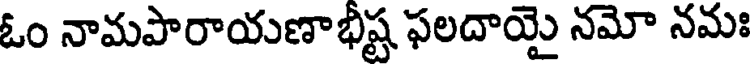
ఓం నామపారాయణాభీష్ట ఫలదాయై నమో నమః